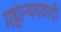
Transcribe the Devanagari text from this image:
महान्ययवादी